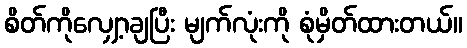
စိတ်ကိုလျှော့ချပြီး မျက်လုံးကို စုံမှိတ်ထားတယ်။